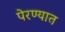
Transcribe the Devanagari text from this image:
पेरण्यात